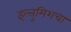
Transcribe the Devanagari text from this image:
इल्तुमिशचा